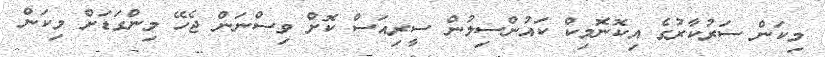
މިކަން ސަރުކާރުގެ އިކޮނޮމިކް ކައުންސިލުން ސީރިއަސް ކޮށް ވިސްނަން ޖެހޭ މިންގަޑަށް މިކަން